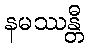
နမဿန္တီ